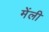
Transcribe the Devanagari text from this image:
मेंली